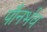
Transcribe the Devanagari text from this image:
पौनर्भव